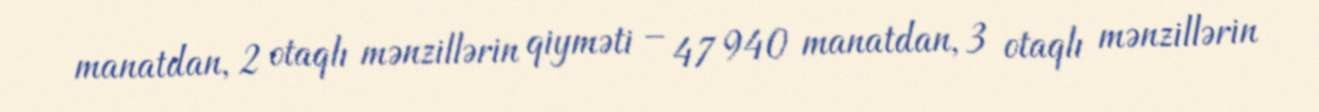
manatdan, 2 otaqlı mənzillərin qiyməti – 47 940 manatdan, 3 otaqlı mənzillərin